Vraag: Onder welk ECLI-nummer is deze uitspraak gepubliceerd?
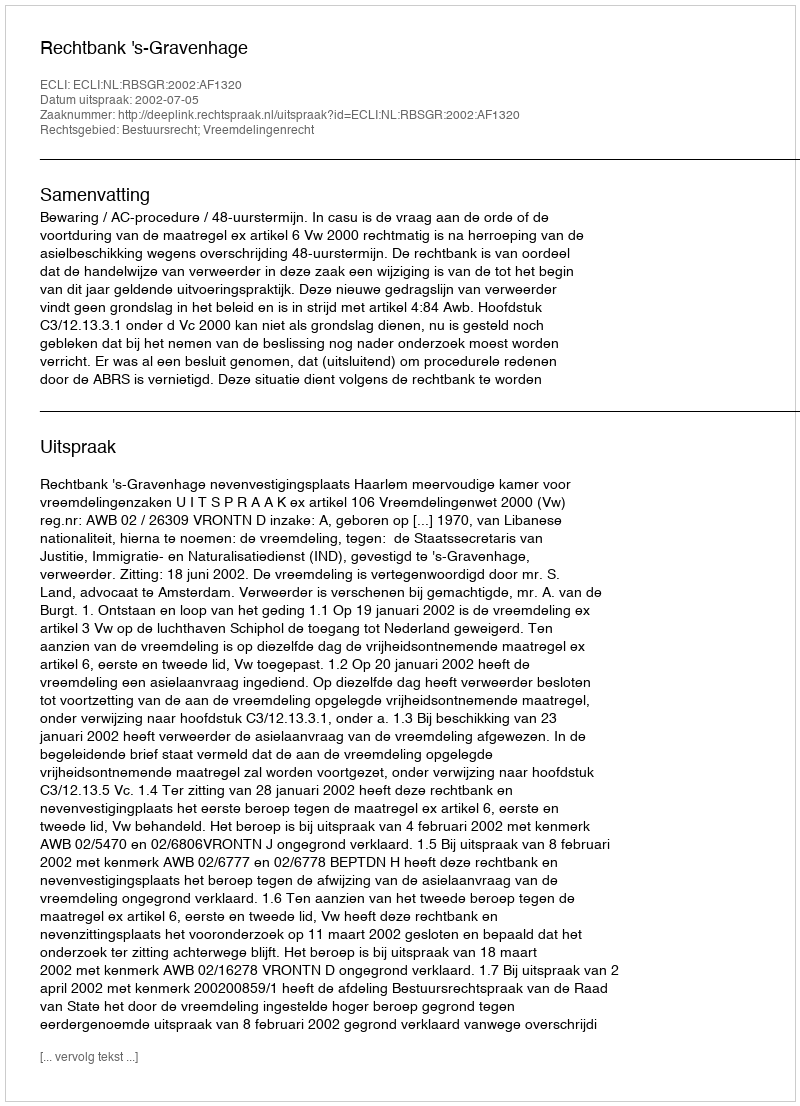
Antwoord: ECLI:NL:RBSGR:2002:AF1320